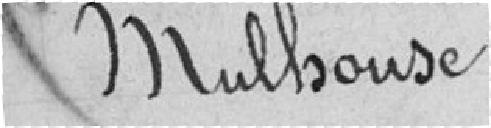
Mulhouse